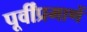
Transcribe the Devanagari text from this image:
पूर्वींप्रमाणें